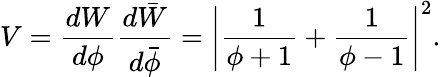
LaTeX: V=\frac{dW}{d\phi}\frac{d\bar{W}}{d\bar{\phi}}=\left|\frac{1}{\phi+1}+\frac{1}{\phi-1}\right|^{2}.